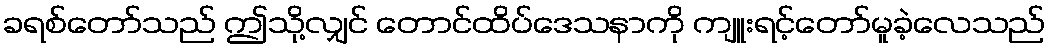
ခရစ်တော်သည် ဤသို့လျှင် တောင်ထိပ်ဒေသနာကို ကျူးရင့်တော်မူခဲ့လေသည်